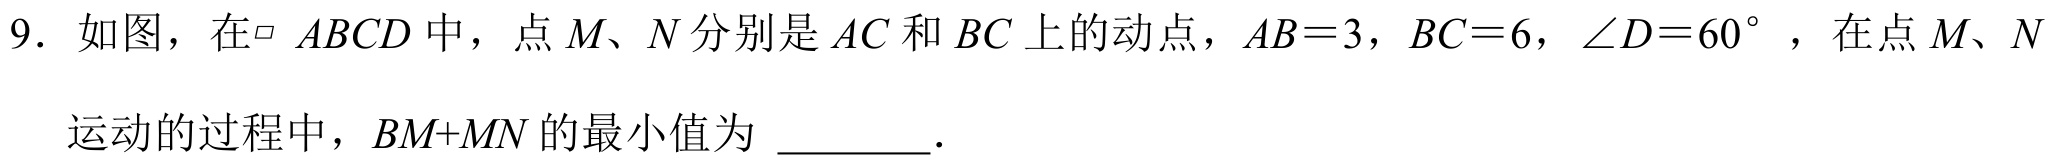
9. 如图，在\(\parallelogram\ ABCD\)中，点\(M、N\)分别是\(AC\)和\(BC\)上的动点，\(AB = 3\)，\(BC = 6\)，\(\angle D = 60^{\circ}\)，在点\(M、N\)运动的过程中，\(BM + MN\)的最小值为 \(\underline{\quad\quad}\).